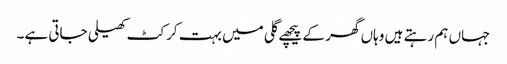
جہاں ہم رہتے ہیں وہاں گھر کے پیچھے گلی میں بہت کرکٹ کھیلی جاتی ہے۔